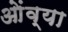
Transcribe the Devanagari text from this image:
ओंव्या